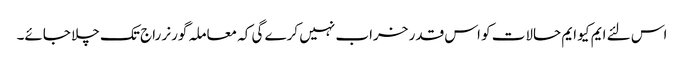
اس لئے ایم کیو ایم حالات کو اس قدر خراب نہیں کرے گی کہ معاملہ گورنر راج تک چلا جائے۔